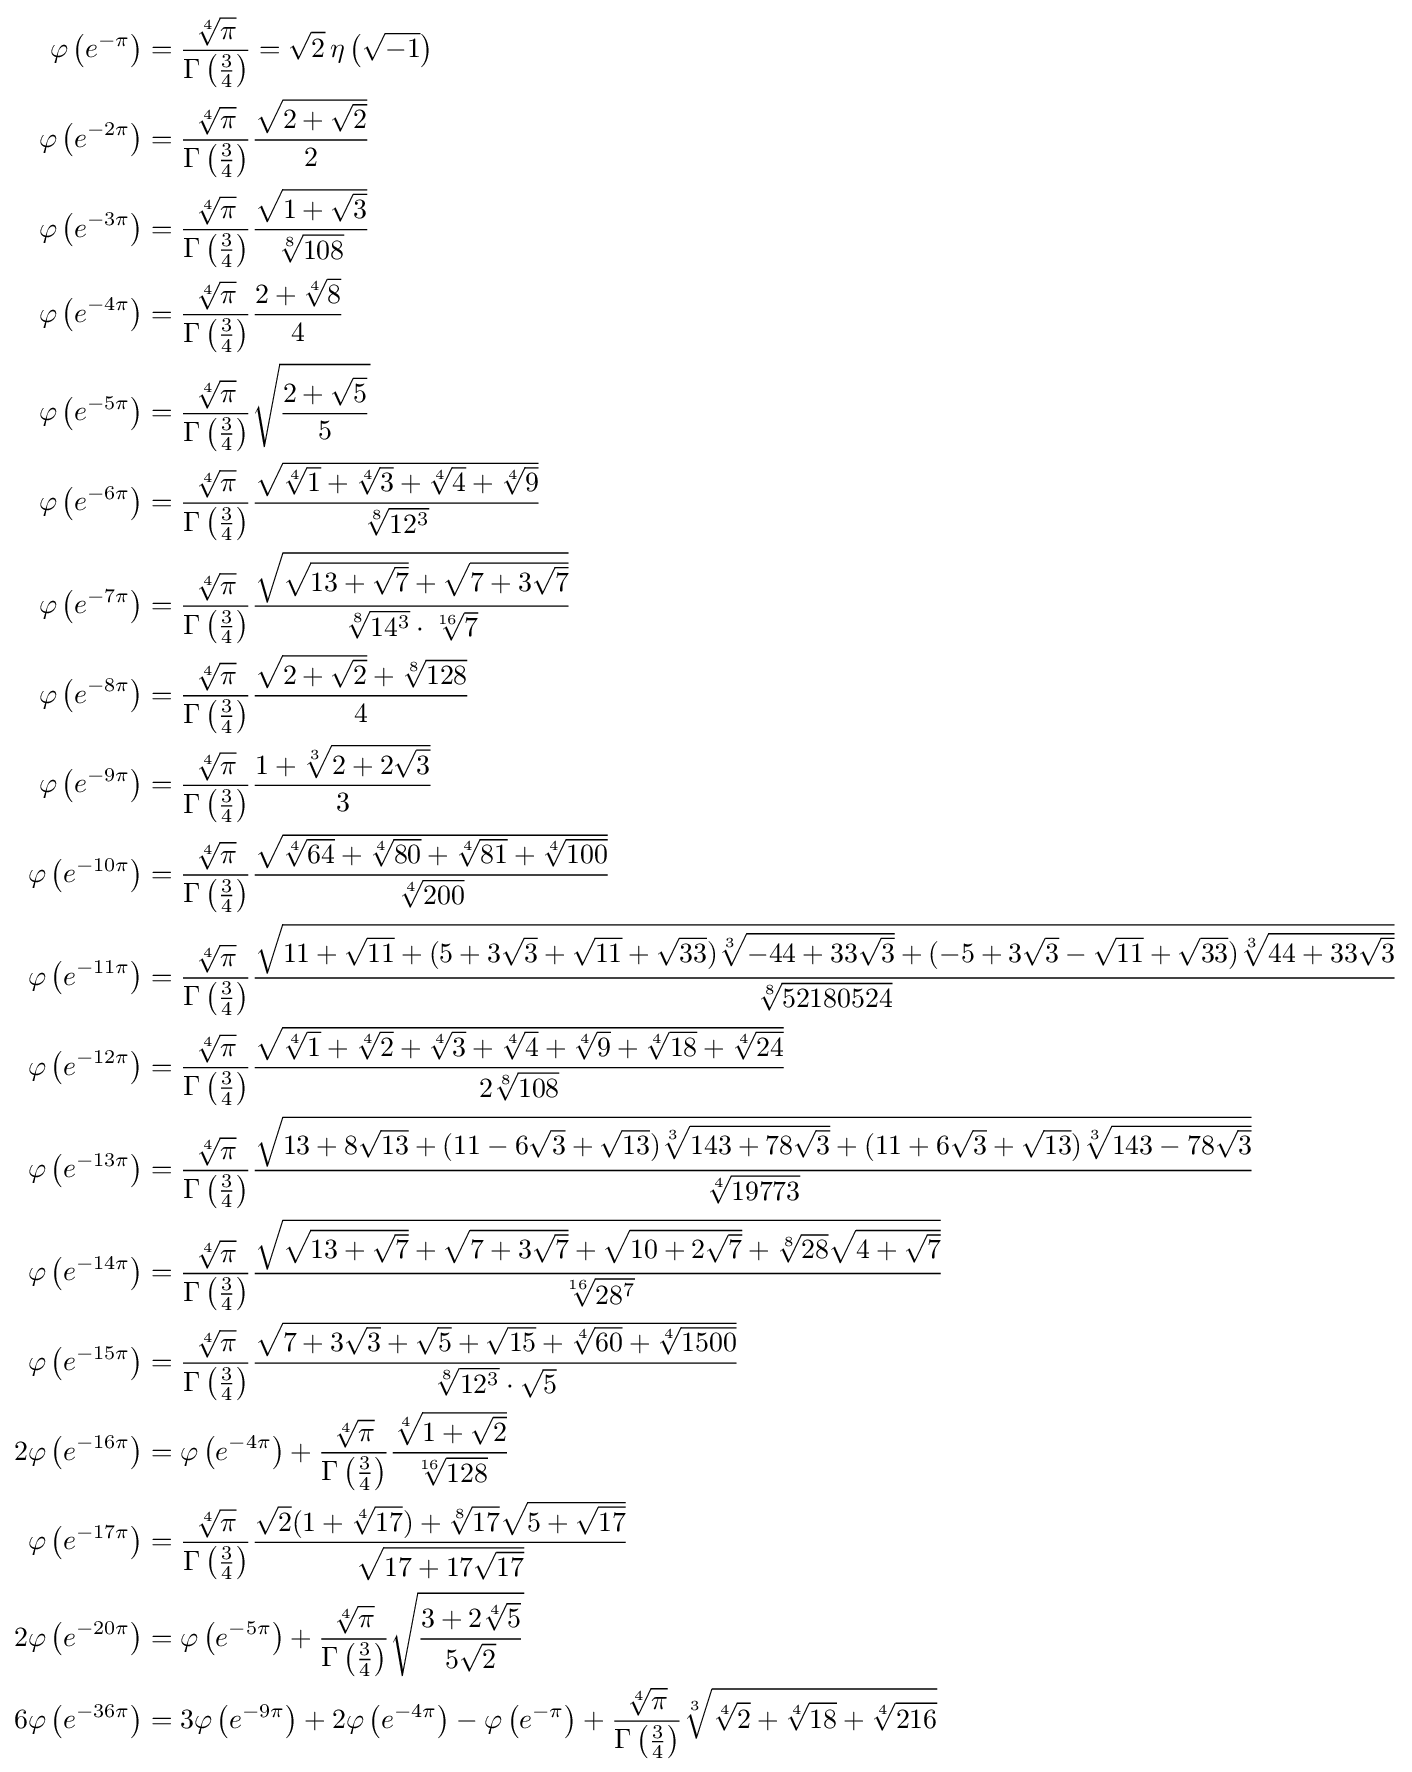
{\begin{aligned}\varphi \left(e^{-\pi }\right)&={\frac {\sqrt[{4}]{\pi }}{\Gamma \left({\frac {3}{4}}\right)}}={\sqrt {2}}\,\eta \left({\sqrt {-1}}\right)\\\varphi \left(e^{-2\pi }\right)&={\frac {\sqrt[{4}]{\pi }}{\Gamma \left({\frac {3}{4}}\right)}}{\frac {\sqrt {2+{\sqrt {2}}}}{2}}\\\varphi \left(e^{-3\pi }\right)&={\frac {\sqrt[{4}]{\pi }}{\Gamma \left({\frac {3}{4}}\right)}}{\frac {\sqrt {1+{\sqrt {3}}}}{\sqrt[{8}]{108}}}\\\varphi \left(e^{-4\pi }\right)&={\frac {\sqrt[{4}]{\pi }}{\Gamma \left({\frac {3}{4}}\right)}}{\frac {2+{\sqrt[{4}]{8}}}{4}}\\\varphi \left(e^{-5\pi }\right)&={\frac {\sqrt[{4}]{\pi }}{\Gamma \left({\frac {3}{4}}\right)}}{\sqrt {\frac {2+{\sqrt {5}}}{5}}}\\\varphi \left(e^{-6\pi }\right)&={\frac {\sqrt[{4}]{\pi }}{\Gamma \left({\frac {3}{4}}\right)}}{\frac {\sqrt {{\sqrt[{4}]{1}}+{\sqrt[{4}]{3}}+{\sqrt[{4}]{4}}+{\sqrt[{4}]{9}}}}{\sqrt[{8}]{12^{3}}}}\\\varphi \left(e^{-7\pi }\right)&={\frac {\sqrt[{4}]{\pi }}{\Gamma \left({\frac {3}{4}}\right)}}{\frac {\sqrt {{\sqrt {13+{\sqrt {7}}}}+{\sqrt {7+3{\sqrt {7}}}}}}{{\sqrt[{8}]{14^{3}}}\cdot {\sqrt[{16}]{7}}}}\\\varphi \left(e^{-8\pi }\right)&={\frac {\sqrt[{4}]{\pi }}{\Gamma \left({\frac {3}{4}}\right)}}{\frac {{\sqrt {2+{\sqrt {2}}}}+{\sqrt[{8}]{128}}}{4}}\\\varphi \left(e^{-9\pi }\right)&={\frac {\sqrt[{4}]{\pi }}{\Gamma \left({\frac {3}{4}}\right)}}{\frac {1+{\sqrt[{3}]{2+2{\sqrt {3}}}}}{3}}\\\varphi \left(e^{-10\pi }\right)&={\frac {\sqrt[{4}]{\pi }}{\Gamma \left({\frac {3}{4}}\right)}}{\frac {\sqrt {{\sqrt[{4}]{64}}+{\sqrt[{4}]{80}}+{\sqrt[{4}]{81}}+{\sqrt[{4}]{100}}}}{\sqrt[{4}]{200}}}\\\varphi \left(e^{-11\pi }\right)&={\frac {\sqrt[{4}]{\pi }}{\Gamma \left({\frac {3}{4}}\right)}}{\frac {\sqrt {11+{\sqrt {11}}+(5+3{\sqrt {3}}+{\sqrt {11}}+{\sqrt {33}}){\sqrt[{3}]{-44+33{\sqrt {3}}}}+(-5+3{\sqrt {3}}-{\sqrt {11}}+{\sqrt {33}}){\sqrt[{3}]{44+33{\sqrt {3}}}}}}{\sqrt[{8}]{52180524}}}\\\varphi \left(e^{-12\pi }\right)&={\frac {\sqrt[{4}]{\pi }}{\Gamma \left({\frac {3}{4}}\right)}}{\frac {\sqrt {{\sqrt[{4}]{1}}+{\sqrt[{4}]{2}}+{\sqrt[{4}]{3}}+{\sqrt[{4}]{4}}+{\sqrt[{4}]{9}}+{\sqrt[{4}]{18}}+{\sqrt[{4}]{24}}}}{2{\sqrt[{8}]{108}}}}\\\varphi \left(e^{-13\pi }\right)&={\frac {\sqrt[{4}]{\pi }}{\Gamma \left({\frac {3}{4}}\right)}}{\frac {\sqrt {13+8{\sqrt {13}}+(11-6{\sqrt {3}}+{\sqrt {13}}){\sqrt[{3}]{143+78{\sqrt {3}}}}+(11+6{\sqrt {3}}+{\sqrt {13}}){\sqrt[{3}]{143-78{\sqrt {3}}}}}}{\sqrt[{4}]{19773}}}\\\varphi \left(e^{-14\pi }\right)&={\frac {\sqrt[{4}]{\pi }}{\Gamma \left({\frac {3}{4}}\right)}}{\frac {\sqrt {{\sqrt {13+{\sqrt {7}}}}+{\sqrt {7+3{\sqrt {7}}}}+{\sqrt {10+2{\sqrt {7}}}}+{\sqrt[{8}]{28}}{\sqrt {4+{\sqrt {7}}}}}}{\sqrt[{16}]{28^{7}}}}\\\varphi \left(e^{-15\pi }\right)&={\frac {\sqrt[{4}]{\pi }}{\Gamma \left({\frac {3}{4}}\right)}}{\frac {\sqrt {7+3{\sqrt {3}}+{\sqrt {5}}+{\sqrt {15}}+{\sqrt[{4}]{60}}+{\sqrt[{4}]{1500}}}}{{\sqrt[{8}]{12^{3}}}\cdot {\sqrt {5}}}}\\2\varphi \left(e^{-16\pi }\right)&=\varphi \left(e^{-4\pi }\right)+{\frac {\sqrt[{4}]{\pi }}{\Gamma \left({\frac {3}{4}}\right)}}{\frac {\sqrt[{4}]{1+{\sqrt {2}}}}{\sqrt[{16}]{128}}}\\\varphi \left(e^{-17\pi }\right)&={\frac {\sqrt[{4}]{\pi }}{\Gamma \left({\frac {3}{4}}\right)}}{\frac {{\sqrt {2}}(1+{\sqrt[{4}]{17}})+{\sqrt[{8}]{17}}{\sqrt {5+{\sqrt {17}}}}}{\sqrt {17+17{\sqrt {17}}}}}\\2\varphi \left(e^{-20\pi }\right)&=\varphi \left(e^{-5\pi }\right)+{\frac {\sqrt[{4}]{\pi }}{\Gamma \left({\frac {3}{4}}\right)}}{\sqrt {\frac {3+2{\sqrt[{4}]{5}}}{5{\sqrt {2}}}}}\\6\varphi \left(e^{-36\pi }\right)&=3\varphi \left(e^{-9\pi }\right)+2\varphi \left(e^{-4\pi }\right)-\varphi \left(e^{-\pi }\right)+{\frac {\sqrt[{4}]{\pi }}{\Gamma \left({\frac {3}{4}}\right)}}{\sqrt[{3}]{{\sqrt[{4}]{2}}+{\sqrt[{4}]{18}}+{\sqrt[{4}]{216}}}}\end{aligned}}